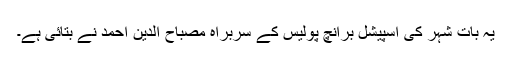
یہ بات شہر کی اسپیشل برانچ پولیس کے سربراہ مصباح الدین احمد نے بتائی ہے۔